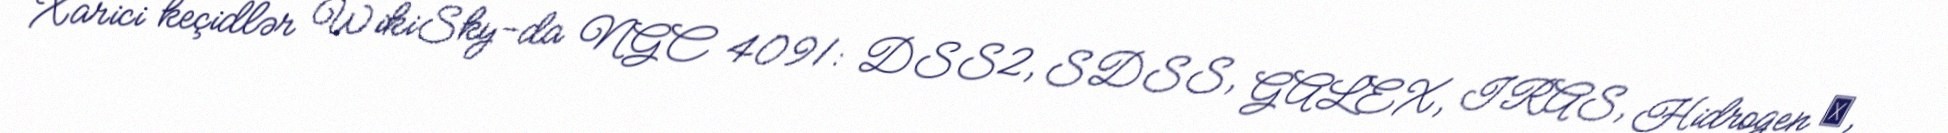
Xarici keçidlər WikiSky-da NGC 4091: DSS2, SDSS, GALEX, IRAS, Hidrogen α,